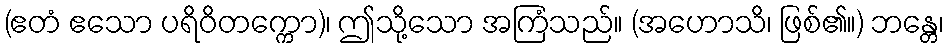
(ဧတံ ဧသော ပရိဝိတက္ကော)၊ ဤသို့သော အကြံသည်။ (အဟောသိ၊ ဖြစ်၏။) ဘန္တေ၊